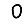
Digit: 0